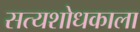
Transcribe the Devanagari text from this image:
सत्यशोधकाला